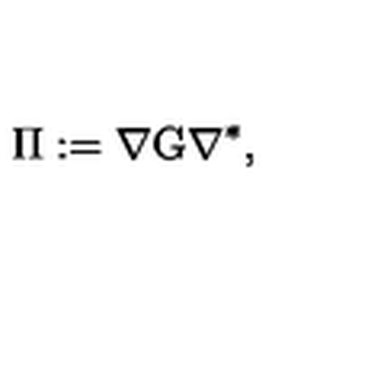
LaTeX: \Pi : = \nabla \mathrm { G } \nabla ^ { \ast } ,